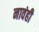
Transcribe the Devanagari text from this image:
नावंही